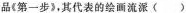
品《第一步》，其代表的绘画流派()